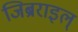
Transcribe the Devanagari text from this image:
जिब्रराइल्